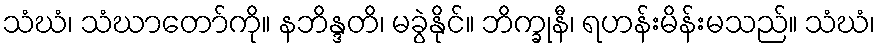
သံဃံ၊ သံဃာတော်ကို။ နဘိန္ဒတိ၊ မခွဲနိုင်။ ဘိက္ခုနီ၊ ရဟန်းမိန်းမသည်။ သံဃံ၊